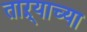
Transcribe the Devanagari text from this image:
ताऱ्‍याच्या